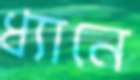
ধ্যানে